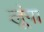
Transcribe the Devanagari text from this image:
लूूंगा